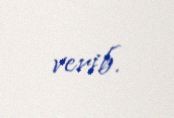
verib.